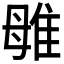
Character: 𨾥